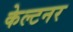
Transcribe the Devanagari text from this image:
केल्टनर